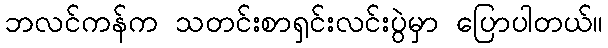
ဘလင်ကန်က သတင်းစာရှင်းလင်းပွဲမှာ ပြောပါတယ်။